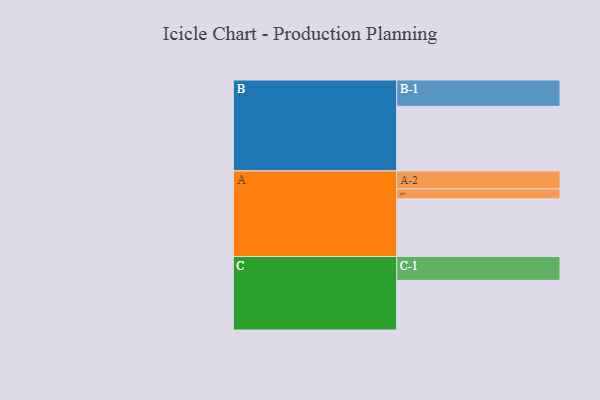
{"axis": {"x": "Segment", "y": "Value"}, "legend": ["", "A", "B", "C"], "data": [{"x": "A", "y": 526, "type": ""}, {"x": "B", "y": 590, "type": ""}, {"x": "C", "y": 453, "type": ""}, {"x": "A-1", "y": 91, "type": "A"}, {"x": "A-2", "y": 164, "type": "A"}, {"x": "B-1", "y": 240, "type": "B"}, {"x": "C-1", "y": 218, "type": "C"}]}